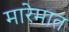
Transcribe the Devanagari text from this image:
मारेमात